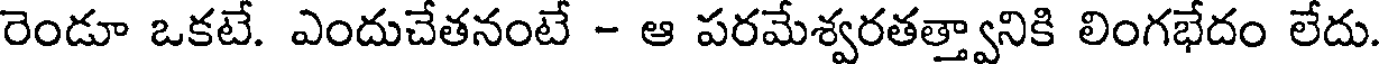
రెండూ ఒకటే. ఎందుచేతనంటే - ఆ పరమేశ్వరతత్త్వానికి లింగభేదం లేదు.